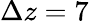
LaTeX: \Delta z=7